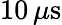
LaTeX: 10\, \mu\mathrm{s}